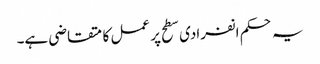
یہ حکم انفرادی سطح پر عمل کا متقاضی ہے۔